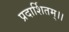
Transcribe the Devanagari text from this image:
प्रदार्शितम्।।